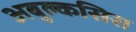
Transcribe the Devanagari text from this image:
अबुल्कसिस